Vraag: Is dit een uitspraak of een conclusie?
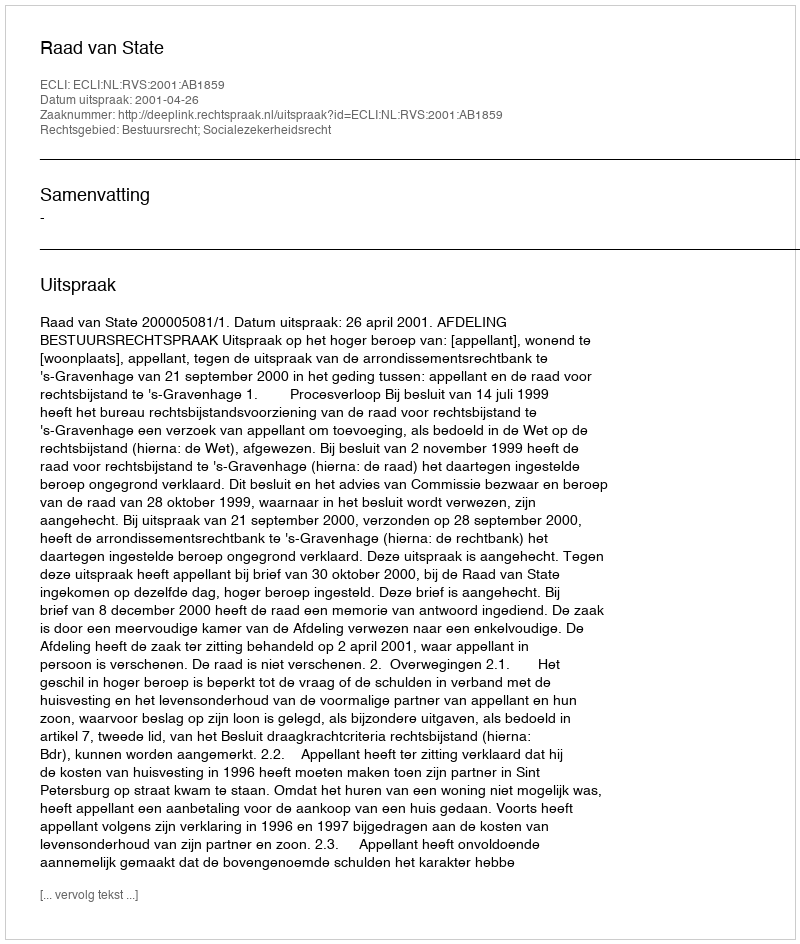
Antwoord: Uitspraak